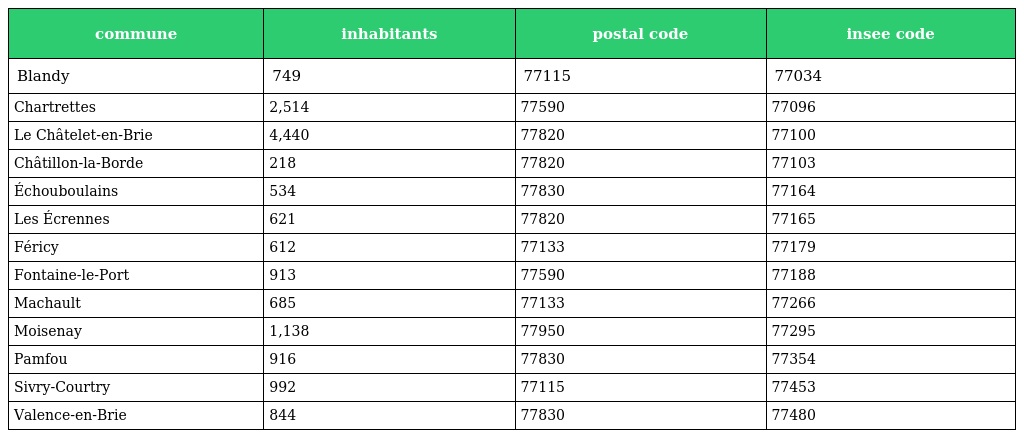
| commune | inhabitants | postal code | insee code |
 | --- | --- | --- | --- |
 | Blandy | 749 | 77115 | 77034 |
 | Chartrettes | 2,514 | 77590 | 77096 |
 | Le Châtelet-en-Brie | 4,440 | 77820 | 77100 |
 | Châtillon-la-Borde | 218 | 77820 | 77103 |
 | Échouboulains | 534 | 77830 | 77164 |
 | Les Écrennes | 621 | 77820 | 77165 |
 | Féricy | 612 | 77133 | 77179 |
 | Fontaine-le-Port | 913 | 77590 | 77188 |
 | Machault | 685 | 77133 | 77266 |
 | Moisenay | 1,138 | 77950 | 77295 |
 | Pamfou | 916 | 77830 | 77354 |
 | Sivry-Courtry | 992 | 77115 | 77453 |
 | Valence-en-Brie | 844 | 77830 | 77480 |